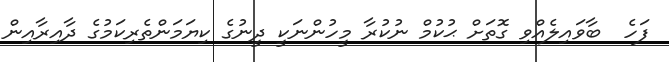
ފަހެ  ބާވައިލެއްވި ގޮތަށް ޙުކުމް ނުކުރާ މީހުންނަކީ ދީނުގެ ކިޔަމަންތެރިކަމުގެ ދާއިރާއިން